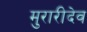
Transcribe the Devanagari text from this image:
मुरारीदेव